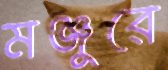
মঞ্জুরে